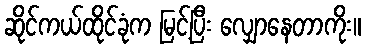
ဆိုင်ကယ်ထိုင်ခုံက မြင့်ပြီး လျှောနေတာကိုး။